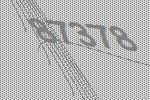
87378